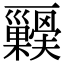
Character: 𭬺